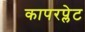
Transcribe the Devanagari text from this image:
कापरप्लेट